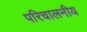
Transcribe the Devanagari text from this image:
परिचालनीय